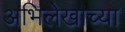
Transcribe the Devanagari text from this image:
अभिलेखाच्या